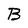
Character: B